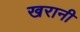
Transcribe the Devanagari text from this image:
खरानी